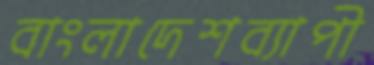
বাংলাদেশব্যাপী